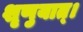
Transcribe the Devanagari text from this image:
शृणुयात्।